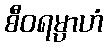
စီဝရမ္ပာဟံ